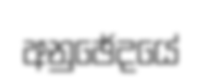
අනුඡේදයේ